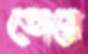
তোয়ে